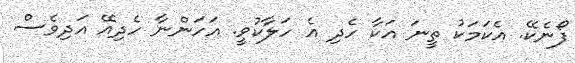
ފޯނެކޭ. އެކަމަކު ތީނަ އަކާ ހެދި އެ ހަލާކުވީ. އަހަންނާ ހެދިއޭ އަދިވެސް